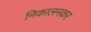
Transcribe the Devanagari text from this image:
निकालनकर